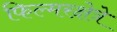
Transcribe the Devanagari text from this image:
फिल्मरक्षेत्रे